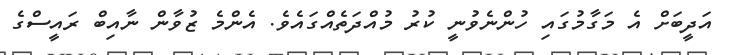
އަދީބަށް އެ މަގާމުގައި ހުންނެވުނީ ކުރު މުއްދަތެއްގައެވެ. އެންމެ ޒުވާންް ނާއިބް ރައީސްގެ